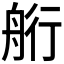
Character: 𦨵